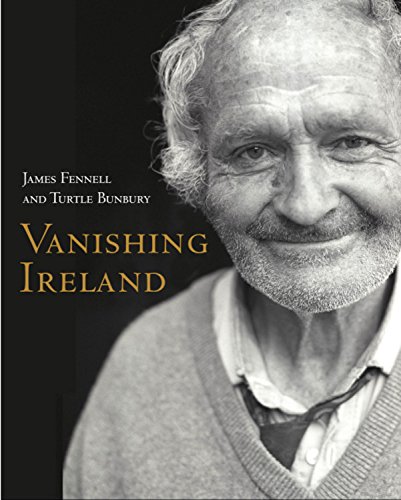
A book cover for Vanishing Ireland; Turtle Bunbury; Biographies & Memoirs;